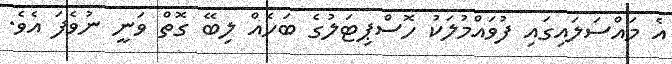
އެ މައްސަލައިގައި ފުވައްމުލަކު ހޮސްޕިޓަލުގެ ބަހެއް ލިބޭ ގޮތް ވަނީ ނުވެފަ އެވެ.